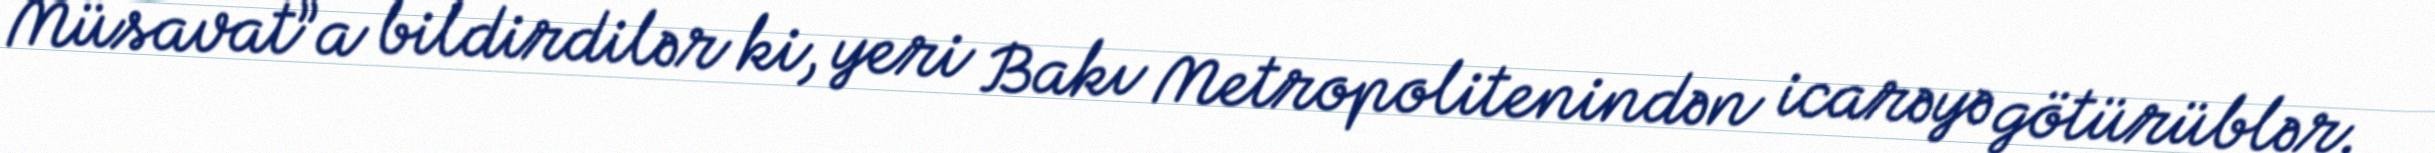
Müsavat”a bildirdilər ki, yeri Bakı Metropolitenindən icarəyə götürüblər.